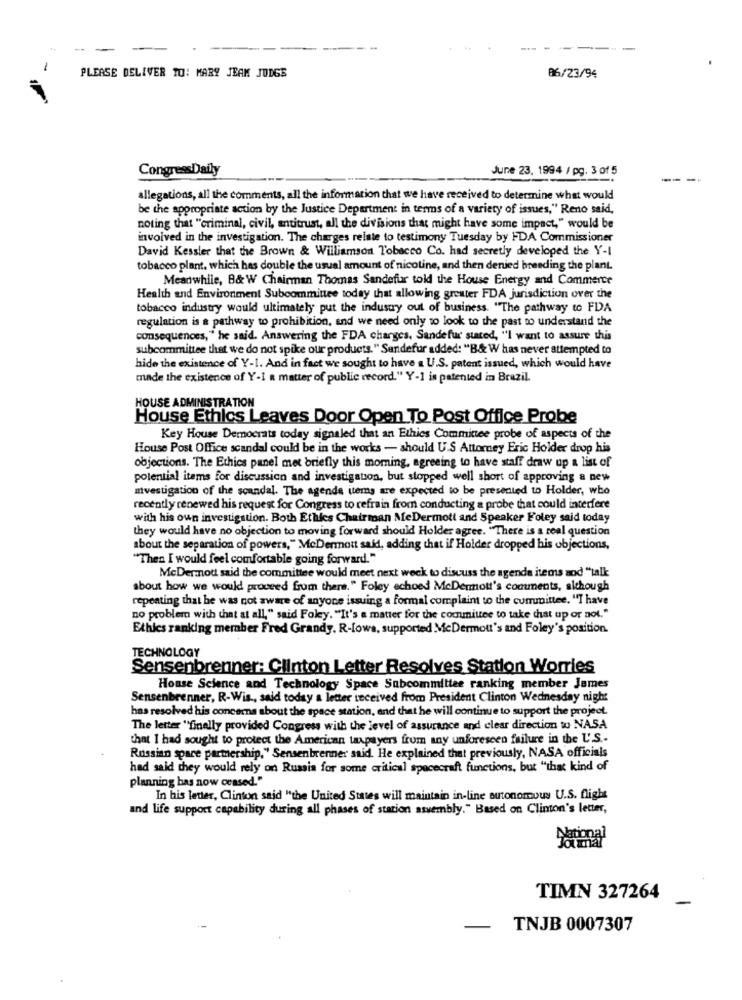
PLEASE DELIVER TO: MARY JEAK JUDGE
06/23/94
CongressDaily
June 23, 1994 / pg. 3 of 5
--
allegations, all the comments, all the information that we have received to determine what would
be the appropriate action by the Justice Department in terms of a variety of issues," Reno said,
noting that "criminal, civil, antitrust, all the divisions that might have some impact," would be
involved in the investigation. The charges relate to testimony Tuesday by FDA Commissioner
David Kessler that the Brown & Williamson Tobacco Co. had secretly developed the Y-1
tobacco plant, which has double the usual amount of nicotine, and then denied breeding the plant.
Meanwhile, B& W Chairman Thomas Sandefuar told the House Energy and Commerce
Health and Environment Subcommittee today that allowing greater FDA jurisdiction over the
tobacco industry would ultimately put the industry out of business. "The pathway to FDA
regulation is a pathway to prohibition, and we need only to look to the past to understand the
consequences, " he said. Answering the FDA charges, Sandefur stared, "I want to assure this
subcommittee that we do not spike our products." Sendefur added: "B& W has never attempted to
hide the existence of Y-1. And in fact we sought to have a U.S. patent issued, which would have
made the existence of Y-I a matter of public record." Y-1 is patented in Brazil.
HOUSE ADMINISTRATION
House Ethics Leaves Door Open To Post Office Probe
Key House Democrats today signaled that an Ethics Committee probe of aspects of the
House Post Office scandal could be in the works - should U.S Attorney Eric Holder drop his
objections. The Ethics panel met briefly this moming, agreeing to have staff draw up a list of
potential items for discussion and investigation, but stopped well short of approving a new
mvestigation of the scandal. The agenda items are expected to be presented to Holder, who
recently renewed his request for Congress to refrain from conducting a probe that could interfere
with his oun investigation. Both Ethics Chairman MeDermott and Speaker Foley said today
they would have no objection to moving forward should Holder agree. "There is a real question
about the separation of powers," McDermott said, adding that if Holder dropped his objections,
"Then I would feel comfortable going forward."
McDer.nott said the committee would meet next week to discuss the agenda items and "talk
about how we would proceed from there." Foley echoed McDermott's comments, although
repeating that he was not aware of anyone issuing a formal complaint to the committee. "I have
no problem with that at all," said Foley. "It's a matter for the committee to take that up or not."
Ethics ranking member Fred Grandy. R-lows, supported MeDermott's and Foley's position.
TECHNOLOGY
Sensenbrenner: Clinton Letter Resolves Station Worries
House Science and Technology Space Subcommittee ranking member James
Sensenbrenner, R-Wis ., said today a letter received from President Clinton Wednesday night
has resolved his concerns about the space station, and that he will continue to support the project.
The letter "finally provided Congress with the level of assurance and clear direction to NASA
that I had sought to protect the American taxpayers from any unforeseen failure in the U.S .-
Russian spare partnership," Sensenbrenner said. He explained that previously, NASA officials
had said they would rely on Russia for some critical spacecraft functions, but "that kind of
planning bas now ceased."
In his leder, Clinton said "the United States will maintain in-line autonomous U.S. flight
and life support capability during all phases of station assembly." Based on Clinton's letter,
National
TIMN 327264
-
TNJB 0007307